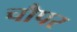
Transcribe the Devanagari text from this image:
चौपर